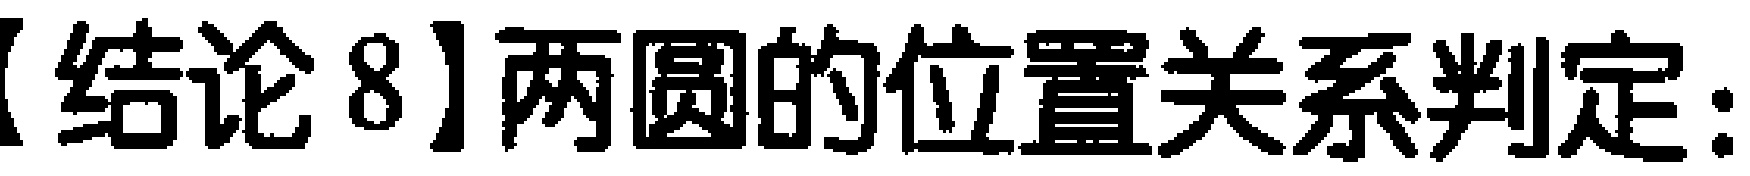
【结论8】两圆的位置关系判定：